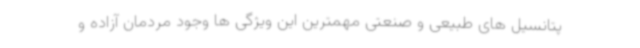
پتانسیل های طبیعی و صنعتی مهمترین این ویژگی ها وجود مردمان آزاده و